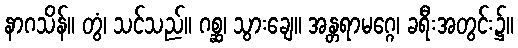
နာဂသိန်။ တွံ၊ သင်သည်။ ဂစ္ဆ၊ သွားချေ။ အန္တရာမဂ္ဂေ၊ ခရီးအတွင်း၌။